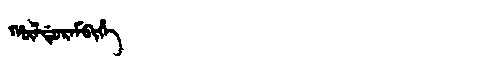
Manchu: ᡥᡡᠯᡩᡠᡵᠠᠮᠪᡳᡥᡝ
Romanization: HŪLDURAMBIHE